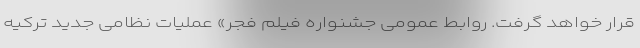
قرار خواهد گرفت. روابط عمومی جشنواره فیلم فجر» عملیات نظامی جدید ترکیه